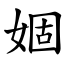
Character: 婟